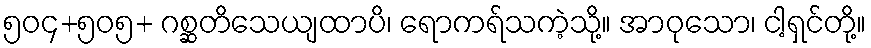
၅၀၄+၅၀၅+ ဂစ္ဆတိသေယျထာပိ၊ ရောကရ်သကဲ့သို့။ အာဝုသော၊ ငါ့ရှင်တို့။